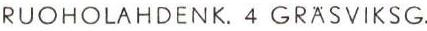
RUOHOLAHDENK. 4 GRASVIKSG